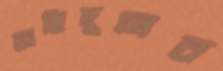
জাহিদুলের